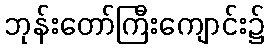
ဘုန်းတော်ကြီးကျောင်း၌